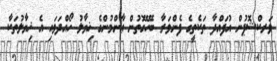
ވަރކްޝޮޕުން އުފައްދާ ތަކެތީގެ ފެންވަރާ ބެހޭގޮތުން ޢާންމުންގެ ޚިޔާލު ހޯއްދަވައި އެ ޚިޔާލުތަކާ